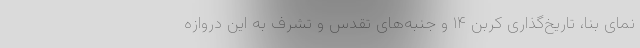
نمای بنا، تاریخ‌گذاری کربن ۱۴ و جنبه‌های تقدس و تشرف به این دروازه